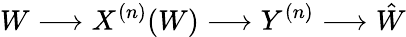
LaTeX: W\longrightarrow X^{(n)}(W)\longrightarrow Y^{(n)}\longrightarrow{\hat{W}}